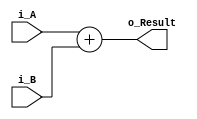
`timescale 1ns / 1ps
//////////////////////////////////////////////////////////////////////////////////
// Company: 
// Engineer: 
// 
// Create Date:
// Design Name: 
// Module Name: adder
// Project Name: 
// Target Devices: 
// Tool Versions: 
// Description: 
// 
// Dependencies: 
// 
// Revision:
// Revision 0.01 - File Created
// Additional Comments:
// 
//////////////////////////////////////////////////////////////////////////////////


module adder #(
        parameter WIDTH = 32
    )(
        input [WIDTH-1:0] i_A,
        input [WIDTH-1:0] i_B,
        output [WIDTH-1:0] o_Result
    );
    
    assign o_Result = i_A + i_B;
endmodule